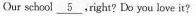
Our school \underline{5},right? Do you love it?